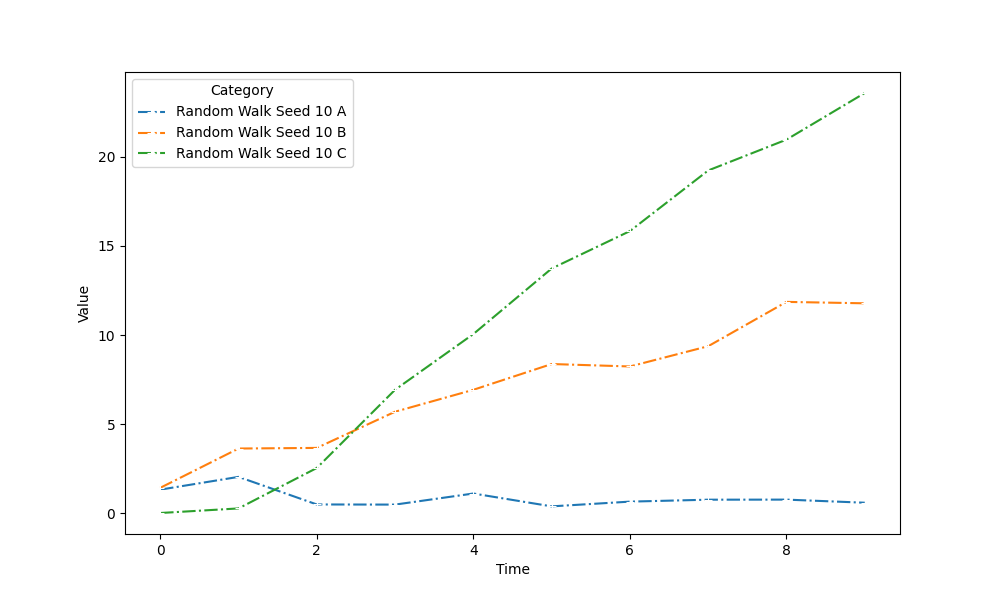
python, seaborn, lineplot, style='dashdot', marker='+'